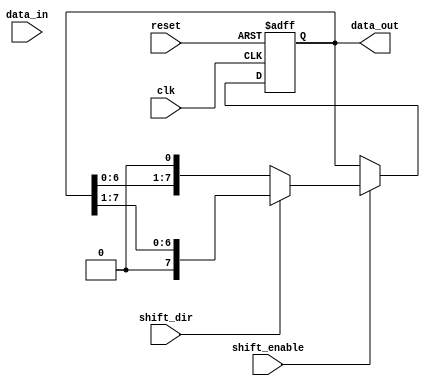
module ParameterizedShiftRegister #(
    parameter WIDTH = 8  // Default width of the shift register
)(
    input wire clk,           // Clock input
    input wire reset,         // Asynchronous reset
    input wire shift_enable,   // Shift control input
    input wire shift_dir,     // Shift direction: 0 for left, 1 for right
    input wire [WIDTH-1:0] data_in, // Parallel data input
    output reg [WIDTH-1:0] data_out // Parallel data output
);

    // Internal register to hold the shift register value
    reg [WIDTH-1:0] shift_reg;

    // Asynchronous reset and shifting behavior
    always @(posedge clk or posedge reset) begin
        if (reset) begin
            // Reset the shift register to zero
            shift_reg <= {WIDTH{1'b0}};
        end else if (shift_enable) begin
            if (shift_dir) begin
                // Shift right
                shift_reg <= {1'b0, shift_reg[WIDTH-1:1]}; // Shift right with zero fill
            end else begin
                // Shift left
                shift_reg <= {shift_reg[WIDTH-2:0], 1'b0}; // Shift left with zero fill
            end
        end
    end

    // Output the current value of the shift register
    always @(*) begin
        data_out = shift_reg;
    end

endmodule